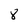
Character: 8